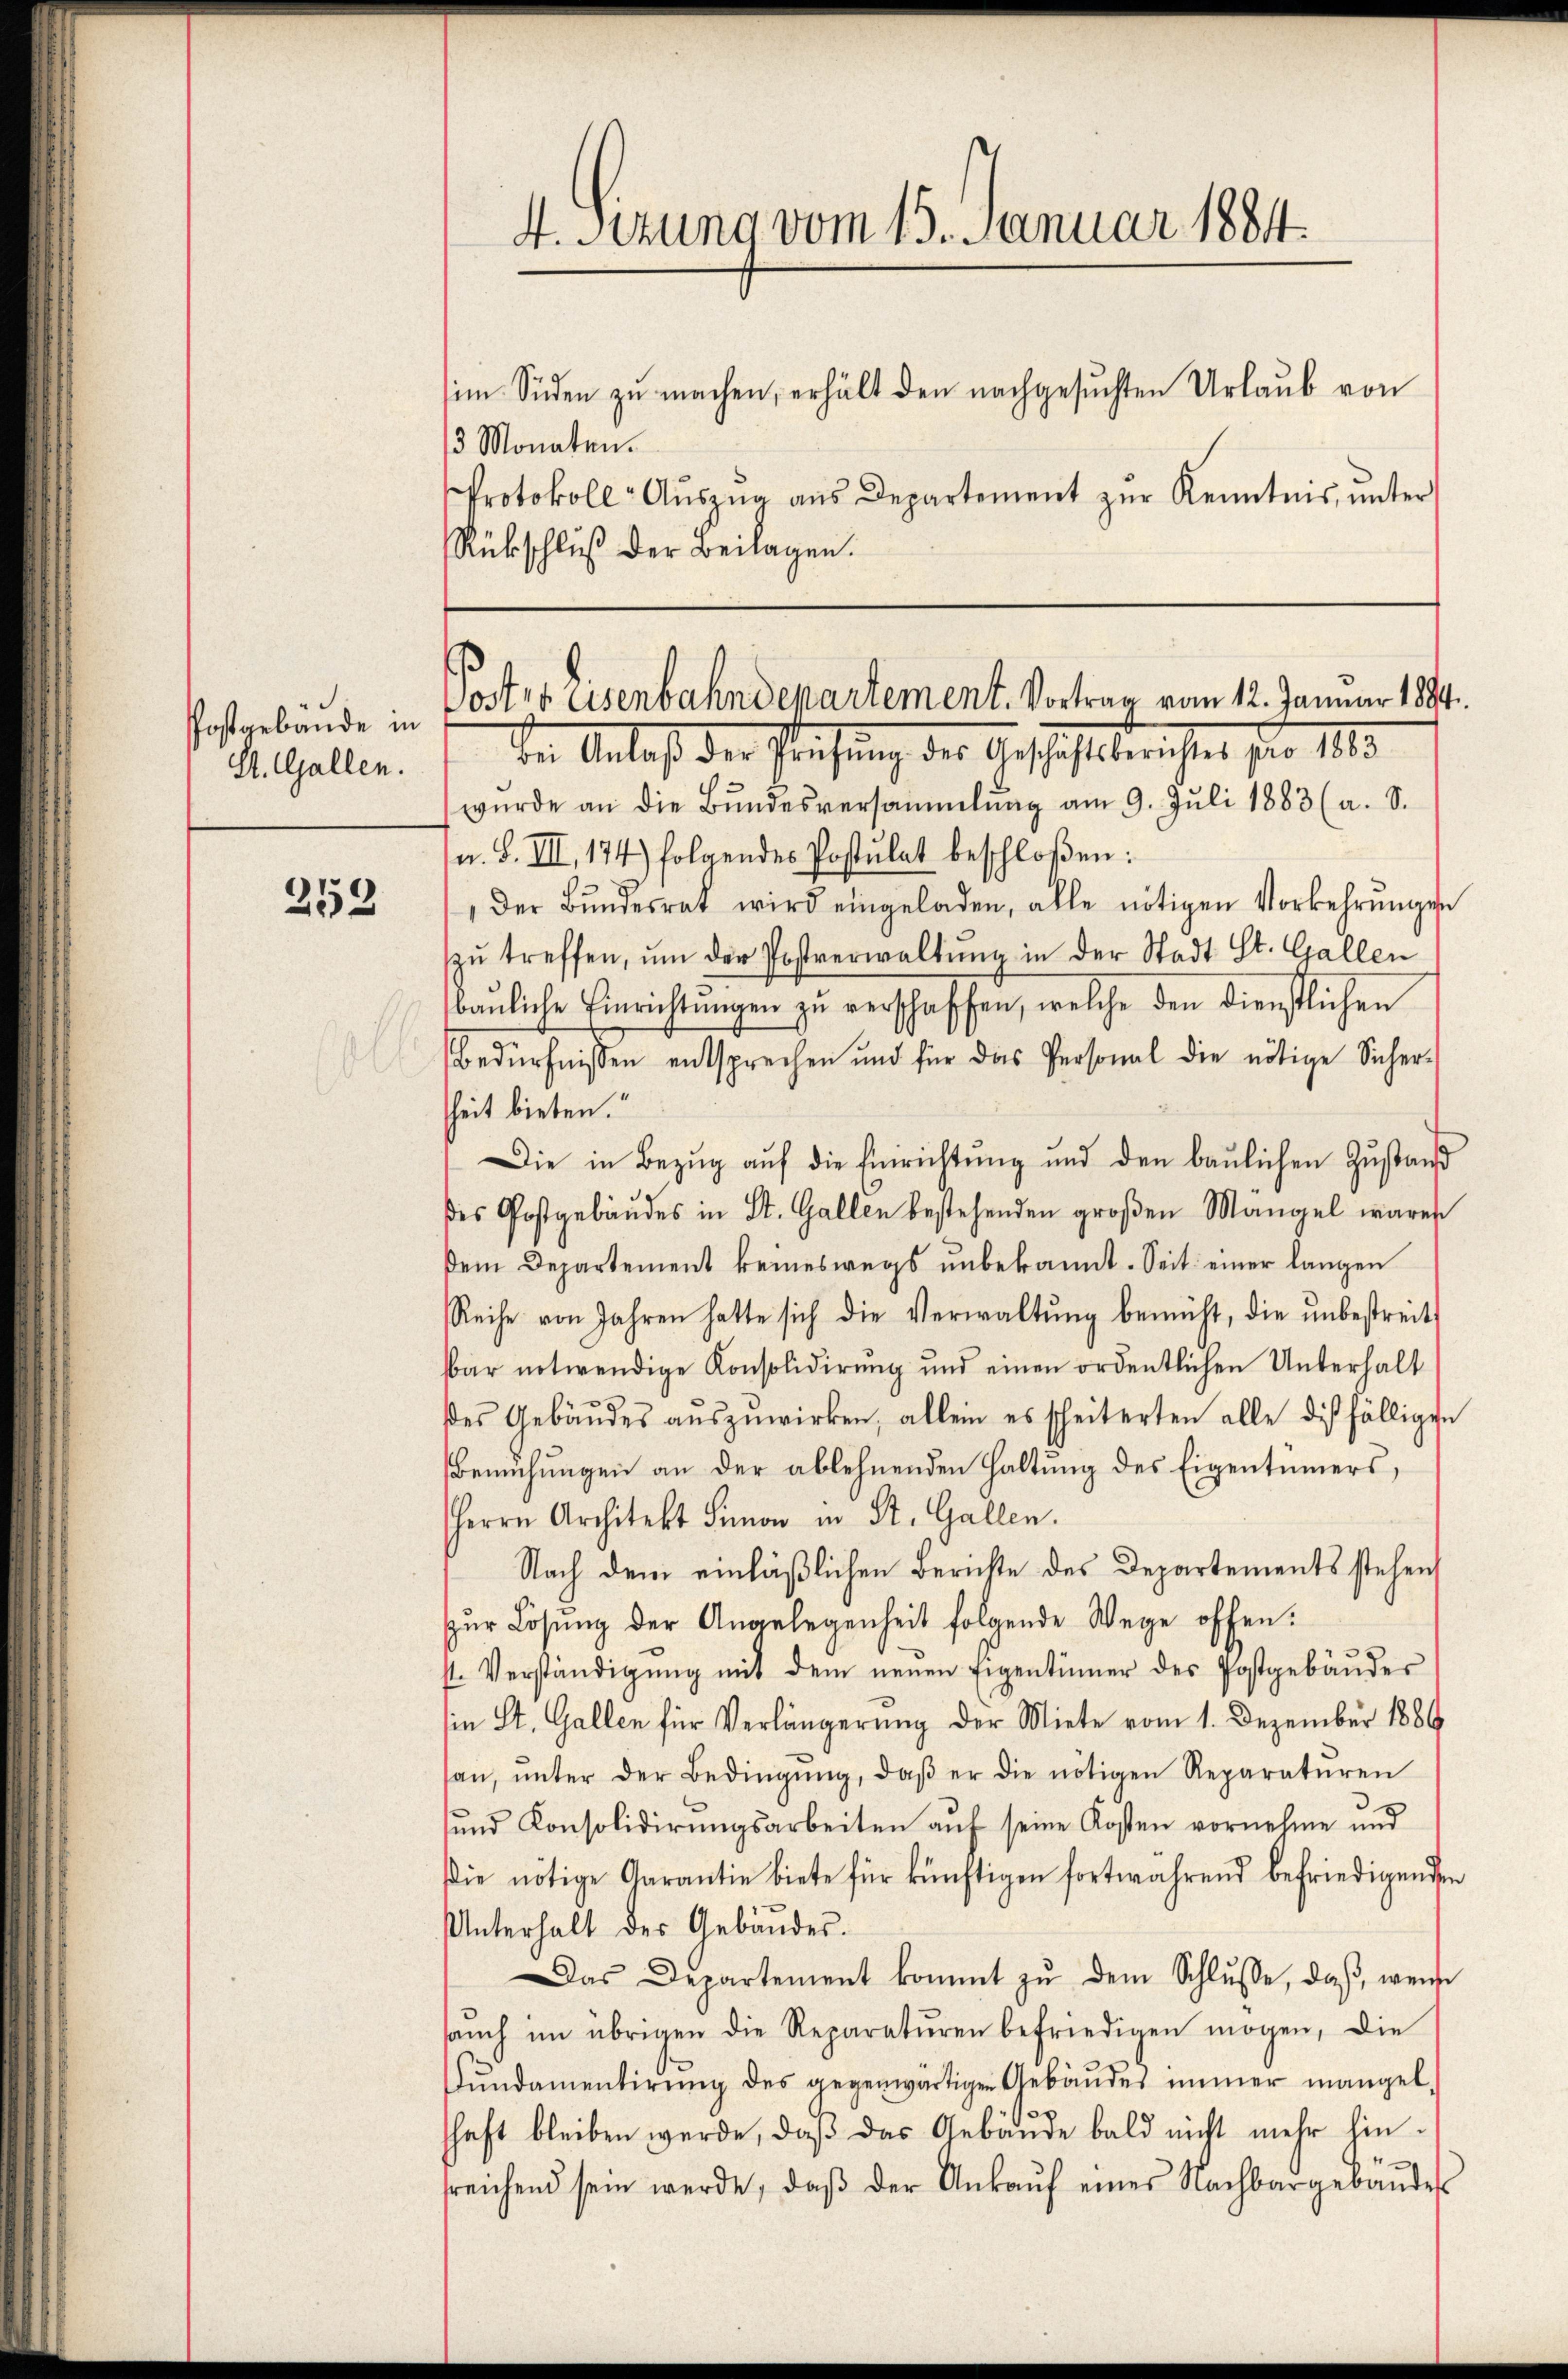
Postgebäude in
St. Gallen.

252

im Süden zu machen, erhält den nachgesuchten Urlaub von
/3 Monaten.
Protokoll- Aŭszŭg aŭs Departement zŭr Kenntnis, ŭnter
Rückschluß der Beilagen.

4. Sitzung vom 15. Januar 1884.

Poster Eisenbahndepartement. Vortrag vom 12. Januar 1884.
In Anlaß der Prüfung des Geschäftsberichtes pro 1883

wŭrde an die Bŭndesversammlung am 9. Jŭli 1883 (a. S.
u. S. III, 174) folgendes Postulat beschloßen:
der Bŭndesrat wird eingeladen, alle nötigen Vorkehrungen
zŭ treffen, ŭm der Postverwaltŭng in der Stadt St. Gallen
baŭliche Einrichtŭngen zŭ verschaffen, welche den dienstlichen
Bedürfnissen entsprechen und für das Personal die nötige Sicher-
heit bieten.
Die in Bezŭg aŭf die Einrichtŭng und den baŭlichen Zŭstand
des Postgebäudes in St. Gallen bestehenden großen Mangel waren
dem Departement keineswegs unbekannt. Seit einer langen
Reihe von Jahren hatte sich die Verwaltŭng bemüht, die ŭnbestreits
sbar notwendige Konsolidierŭng und einen ordentlichen Unterhalt
des Gebäŭdes aŭszŭwirken, allein es scheiterten alle diesfälligen
Bemühungen an der ablehnenden Haltung des Eigentümers,
Herrn Architekt Simon in St. Gallen.
Nach dem einläßlichen Berichte des Departements stehen,
zŭr Lösung der Angelegenheit folgende Wege offen.
st. Verständigŭng mit dem neuen Eigentümer des Postgebäŭdes
in St. Gallen für Verlängerung der Miete vom 1. Dezember 1889
an, ŭnter der Bedingŭng, daβ er die nötigen Reparaturen
und Konsolidirungsarbeiten auf seine Kosten vornehme und
Die nötige Garantie biete für künftigen fortwährend befriedigenden
Unterhalt der Gebäudes.
Das Departement kommt zŭ dem Schlŭsse, daβ wenn
aŭch im übrigen die Reparatŭren befriedigen mögen, die
Fŭndamentirŭng des gegenwärtigen Gebäŭdes immer mangel
schaft bleiben werde, daß das Gebäude bald nicht mehr hinsreichend sein werde, daβ der Ankaŭf eines Nachbargebäŭdes